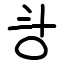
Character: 㪳